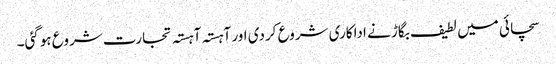
سچائی میں لطیف بگاڑ نے اداکاری شروع کردی اور آہستہ آہستہ تجارت شروع ہوگئی۔